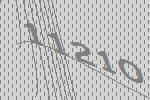
11210